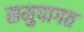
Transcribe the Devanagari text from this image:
समुपागत